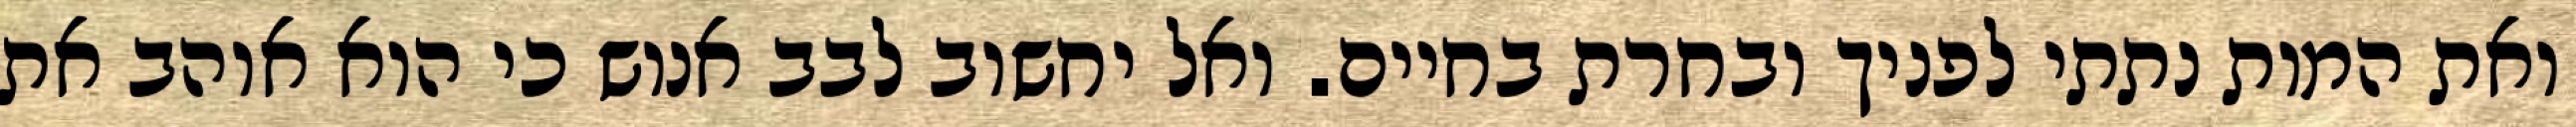
ואת המות נתתי לפניך ובחרת בחיים. ואל יחשוב לבב אנוש כי הוא אוהב את